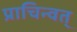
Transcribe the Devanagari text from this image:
प्राचिन्वत्‌